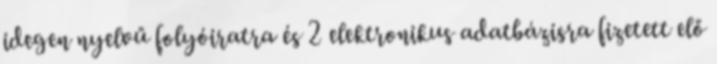
idegen nyelvű folyóiratra és 2 elektronikus adatbázisra fizetett elő